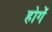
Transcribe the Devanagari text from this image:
होगेंं